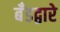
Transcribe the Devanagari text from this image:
बँडद्वारे